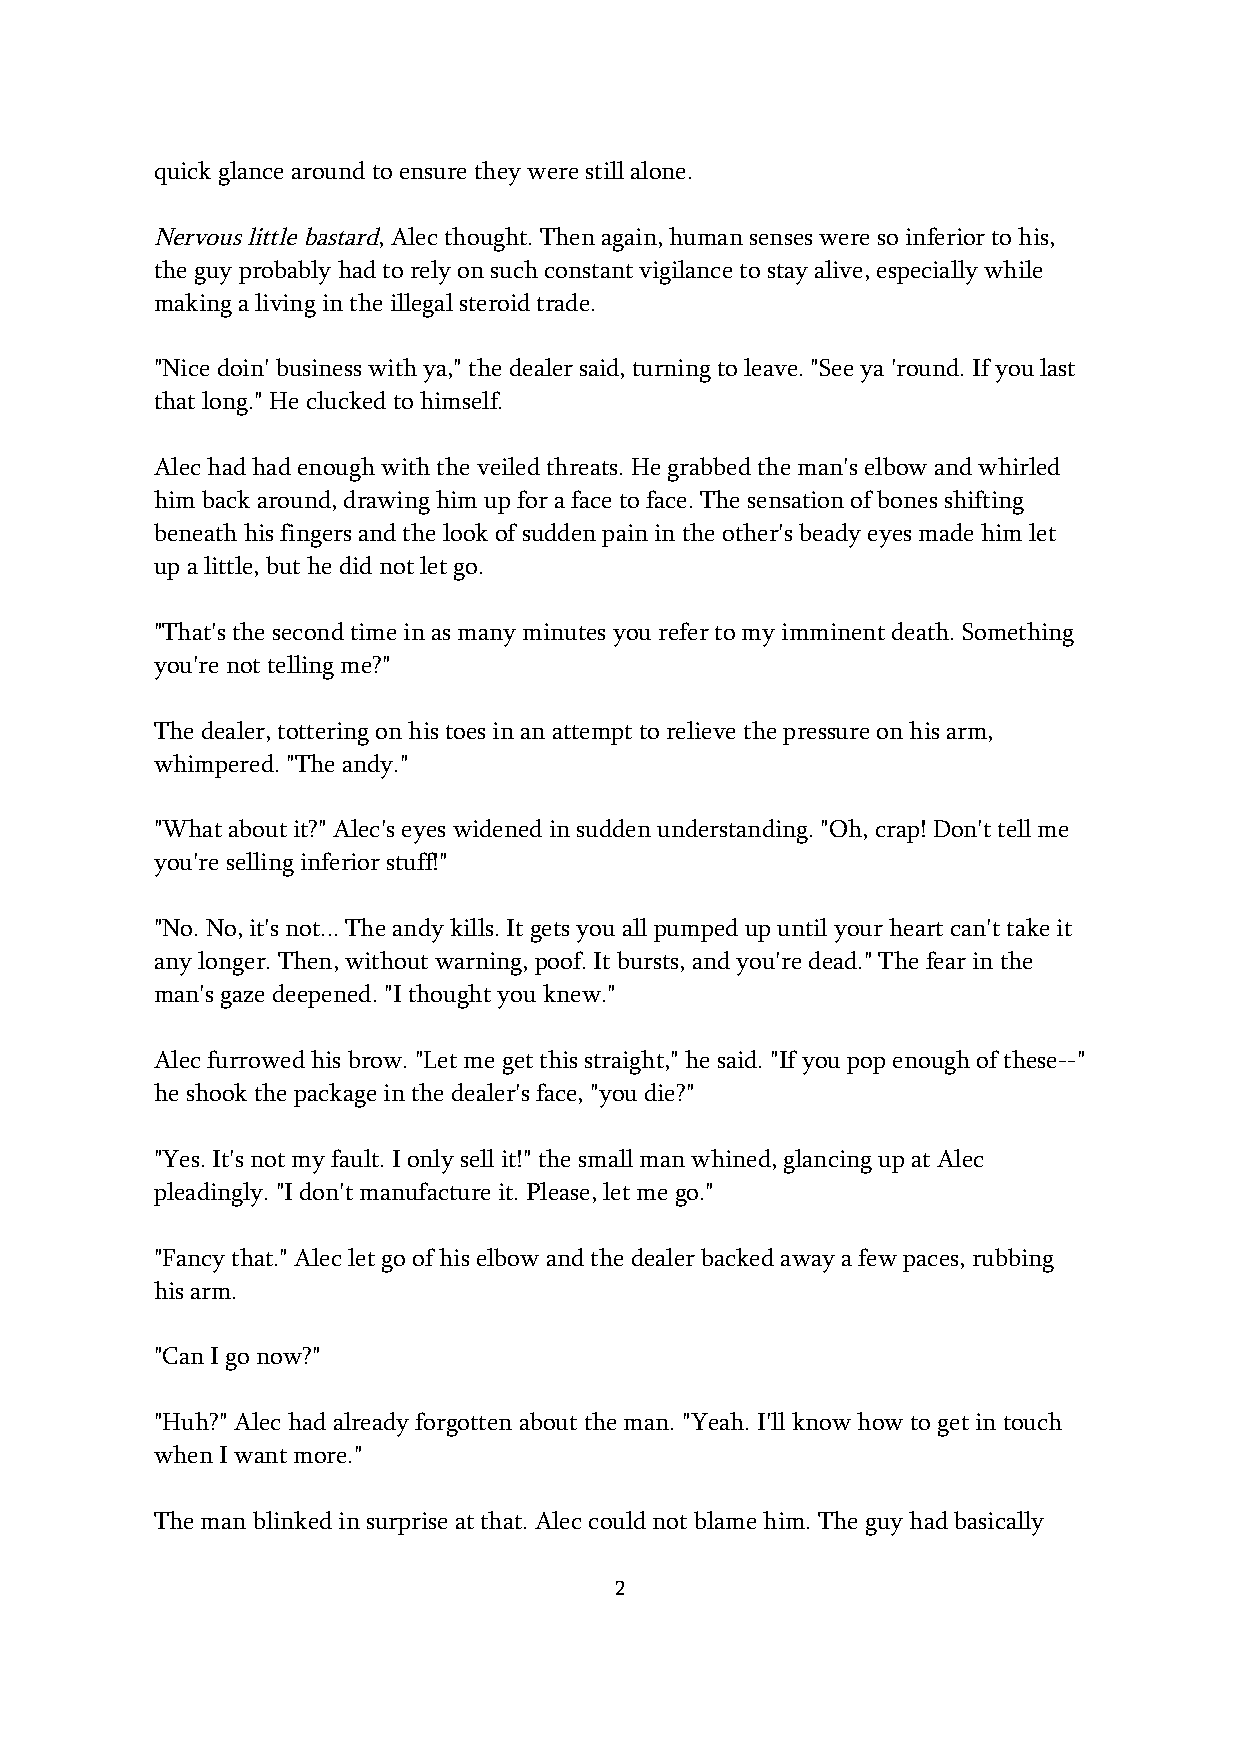
quick glance around to ensure they were still alone.
 Nervous little bastard, Alec thought. Then again, human senses were so inferior to his,
 the guy probably had to rely on such constant vigilance to stay alive, especially while
 making a living in the illegal steroid trade.
 "Nice doin' business with ya," the dealer said, turning to leave. "See ya 'round. If you last
 that long." He clucked to himself.
 Alec had had enough with the veiled threats. He grabbed the man's elbow and whirled
 him back around, drawing him up for a face to face. The sensation of bones shifting
 beneath his fingers and the look of sudden pain in the other's beady eyes made him let
 up a little, but he did not let go.
 "That's the second time in as many minutes you refer to my imminent death. Something
 you're not telling me?"
 The dealer, tottering on his toes in an attempt to relieve the pressure on his arm,
 whimpered. "The andy."
 "What about it?" Alec's eyes widened in sudden understanding. "Oh, crap! Don't tell me
 you're selling inferior stuff!"
 "No. No, it's not... The andy kills. It gets you all pumped up until your heart can't take it
 any longer. Then, without warning, poof. It bursts, and you're dead." The fear in the
 man's gaze deepened. "I thought you knew."
 Alec furrowed his brow. "Let me get this straight," he said. "If you pop enough of these--"
 he shook the package in the dealer's face, "you die?"
 "Yes. It's not my fault. I only sell it!" the small man whined, glancing up at Alec
 pleadingly. "I don't manufacture it. Please, let me go."
 "Fancy that." Alec let go of his elbow and the dealer backed away a few paces, rubbing
 his arm.
 "Can I go now?"
 "Huh?" Alec had already forgotten about the man. "Yeah. I'll know how to get in touch
 when I want more."
 The man blinked in surprise at that. Alec could not blame him. The guy had basically
 2